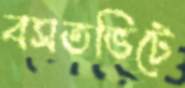
বসতভিটে